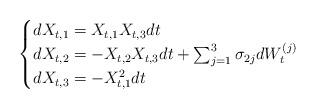
LaTeX: \begin{align*}\begin{cases}d X_{t,1} = X_{t,1} X_{t,3} dt \\ d X_{t,2} = - X_{t,2}X_{t,3}dt + \sum_{j=1}^3 \sigma_{2 j} dW_t^{(j)} \\ d X_{t,3} = -X_{t,1}^2dt \end{cases}\end{align*}